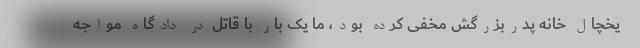
یخچال خانه پدربزرگش مخفی کرده بود، ما یک بار با قاتل در دادگاه مواجه